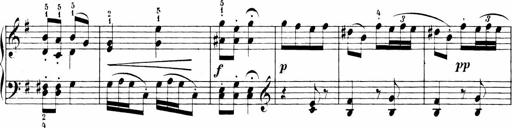
Title: Sonatinen Op.47, 98 und 136, nebst 6 Liedersonatinen
Composer: Carl Reinecke